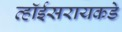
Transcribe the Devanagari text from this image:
व्हॉईसरायकडे